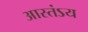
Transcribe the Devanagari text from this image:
आस्तंऽय